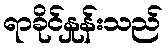
ရာခိုင်နှုန်းသည်